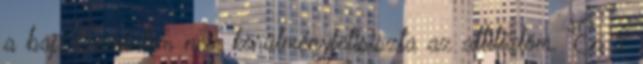
a baj. Szerintem nem körülményfetisiszta az attitűdöm. Én 2